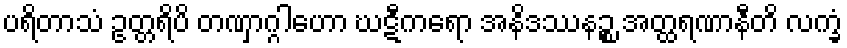
ပရိတာသံ ဥတ္တရိပိ တဏှာဂ္ဂါဟော ဃဋီကရော အနိဒဿနဉ္စ အတ္ထရဏာနီတိ လက္ခံ